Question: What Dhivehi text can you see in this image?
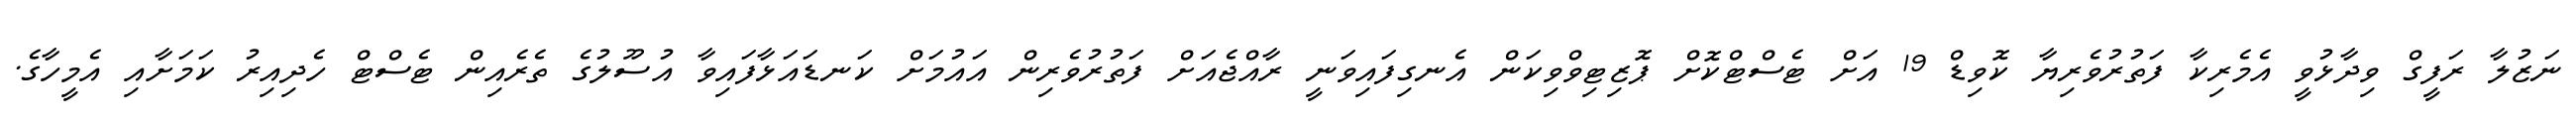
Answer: ނަޒުލާ ރަފީގް ވިދާޅުވީ އެމެރިކާ ފަތުރުވެރިޔާ ކޮވިޑް 19 އަށް ޓެސްޓްކޮށް ޕޮޒިޓިވްވިކަން އެނގިފައިވަނީ ރާއްޖެއަށް ފަތުރުވެރިން އައުމަށް ކަނޑައަޅާފައިވާ އުސޫލުގެ ތެރެއިން ޓެސްޓް ހެދިއިރު ކަމަށާއި އެމީހާގެ.